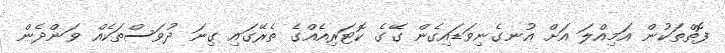
ފޮތްތަކުން އަމިއްލަ އަށް އުނގެނިވަޑައިގެން ގޭގެ ކޮޓަރިއެއްގެ ތެރޭގައި ގިނަ ދުވަސްތަކެއް ވަންދެން